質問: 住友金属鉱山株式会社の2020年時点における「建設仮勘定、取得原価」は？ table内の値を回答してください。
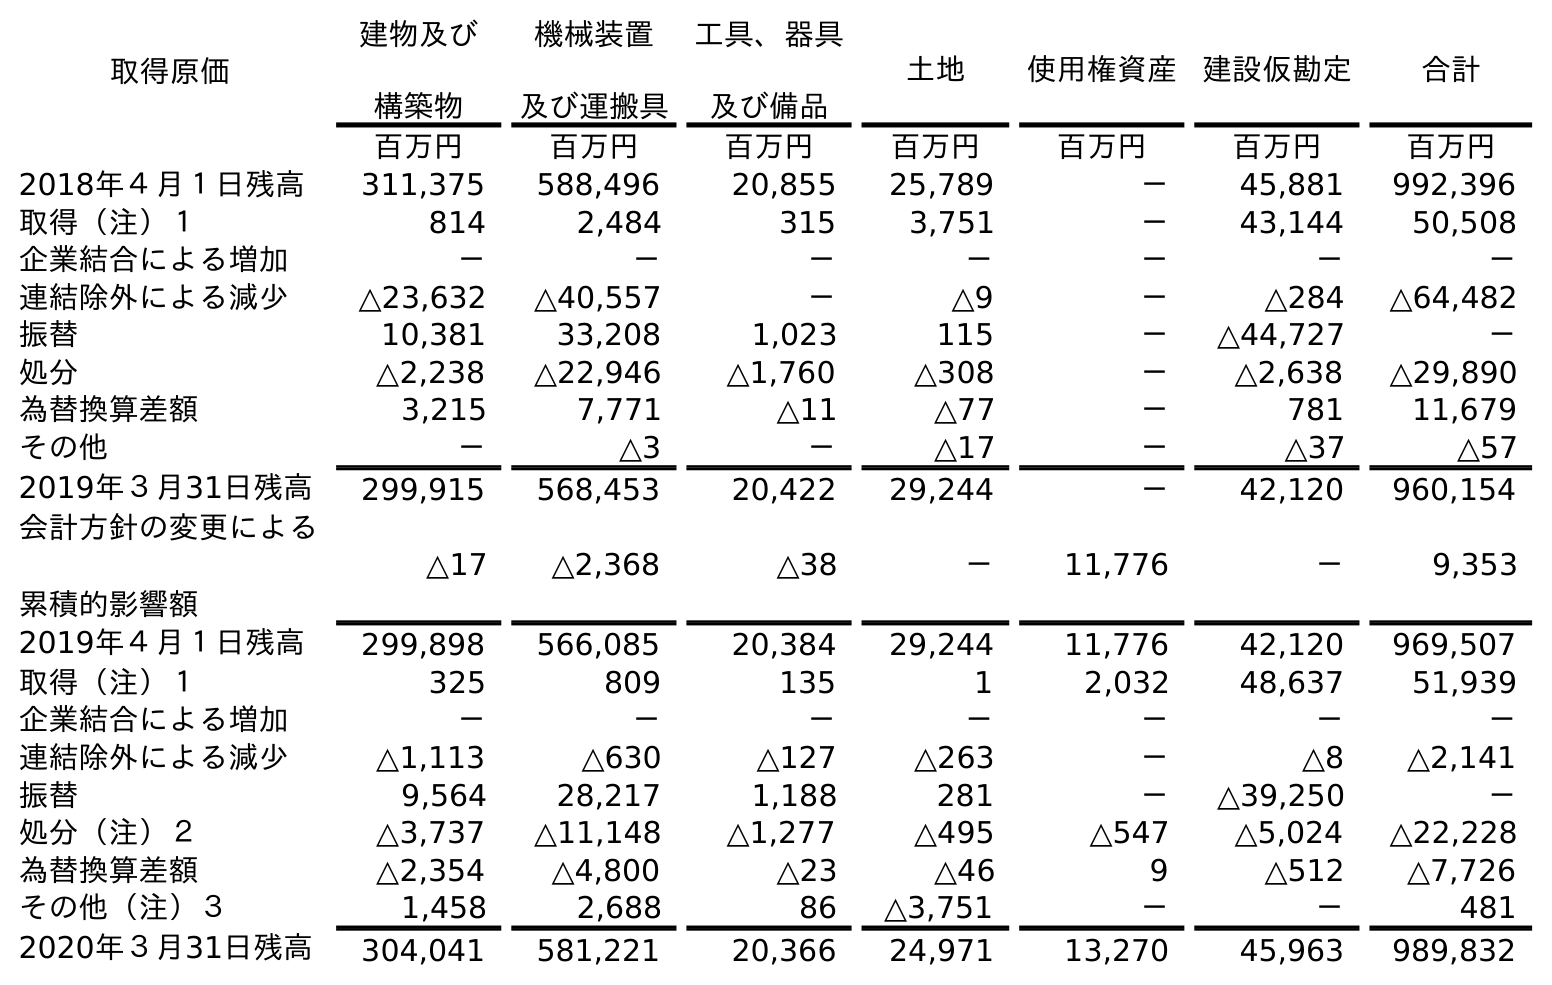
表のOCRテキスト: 取得原価 建物及び 構築物 機械装置 及び運搬具 工具、器具 及び備品 土地 使用権資産 建設仮勘定 合計 百万円 百万円 百万円 百万円 百万円 百万円 百万円 2018年４月１日残高 311,375 588,496 20,855 25,789 － 45,881 992,396 取得（注）１ 814 2,484 315 3,751 － 43,144 50,508 企業結合による増加 － － － － － － － 連結除外による減少 △23,632 △40,557 － △9 － △284 △64,482 振替 10,381 33,208 1,023 115 － △44,727 － 処分 △2,238 △22,946 △1,760 △308 － △2,638 △29,890 為替換算差額 3,215 7,771 △11 △77 － 781 11,679 その他 － △3 － △17 － △37 △57 2019年３月31日残高 299,915 568,453 20,422 29,244 － 42,120 960,154 会計方針の変更による 累積的影響額 △17 △2,368 △38 － 11,776 － 9,353 2019年４月１日残高 299,898 566,085 20,384 29,244 11,776 42,120 969,507 取得（注）１ 325 809 135 1 2,032 48,637 51,939 企業結合による増加 － － － － － － － 連結除外による減少 △1,113 △630 △127 △263 － △8 △2,141 振替 9,564 28,217 1,188 281 － △39,250 － 処分（注）２ △3,737 △11,148 △1,277 △495 △547 △5,024 △22,228 為替換算差額 △2,354 △4,800 △23 △46 9 △512 △7,726 その他（注）３ 1,458 2,688 86 △3,751 － － 481 2020年３月31日残高 304,041 581,221 20,366 24,971 13,270 45,963 989,832
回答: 45,963